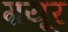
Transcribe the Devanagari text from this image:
ग़यूर